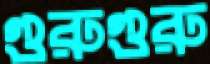
গুরুগুরু